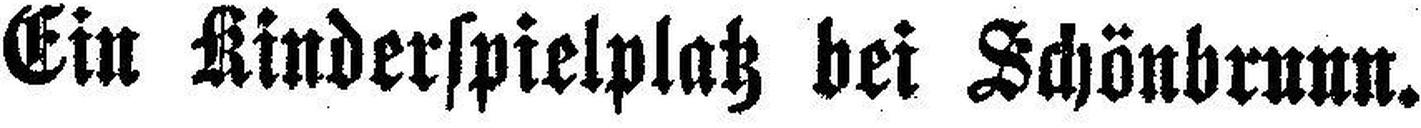
Ein Kinderspielplatz bei Schönbrunn.